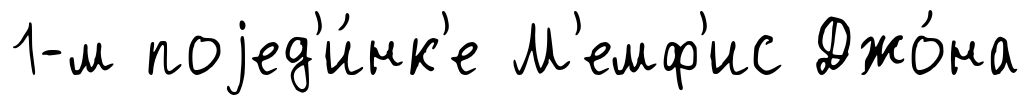
1-м поjед'и́нк'е М'емф'ис Джо́на